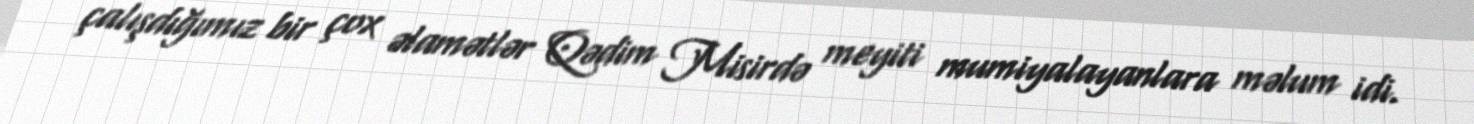
çalışdığımız bir çox əlamətlər Qədim Misirdə meyiti mumiyalayanlara məlum idi.